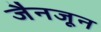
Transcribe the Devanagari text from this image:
जैनजून